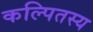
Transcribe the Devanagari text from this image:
कल्पितस्य